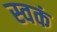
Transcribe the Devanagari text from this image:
स्वकं